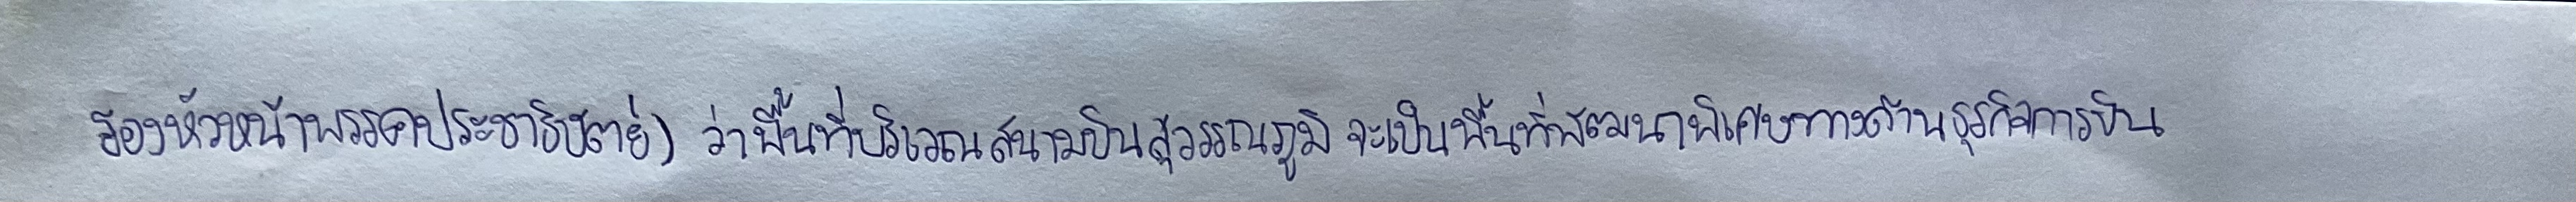
รองหัวหน้าพรรคประชาธิปัตย์)ว่าพื้นที่บริเวณสนามบินสุวรรณภูมิจะเป็นพื้นที่พัฒนาพิเศษทางด้านธุรกิจการบิน